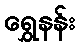
ရွှေနန်း